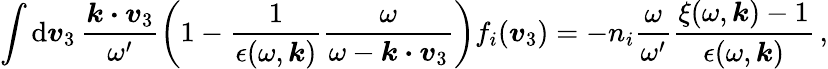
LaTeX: \int\mathrm{d}\boldsymbol{v}_{3}\, \frac{\boldsymbol{k\cdot v}_{3}}{\omega^{\prime}}\biggl(1-\frac{1}{\epsilon(\omega,\boldsymbol{k})}\frac{\omega}{\omega-\boldsymbol{k\cdot v}_{3}}\biggr)f_{i}(\boldsymbol{v}_{3})=-n_{i}\frac{\omega}{\omega^{\prime}}\frac{\xi(\omega,\boldsymbol{k})-1}{\epsilon(\omega,\boldsymbol{k})}\, ,